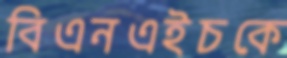
বিএনএইচকে